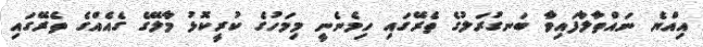
އިއްޔެ ނައްތާލާފައިވާ ބަނގުރަލުގެ ތެރޭގައި ހިމެނެނީ މިމަހުގެ ކުރީކޮޅު މާލޭގެ ގެއެއްގެ ތެރޭގައި